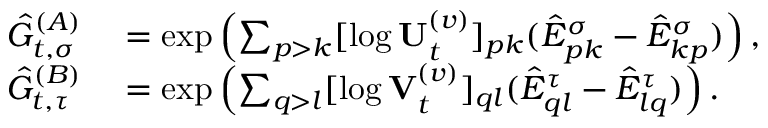
\begin{array} { r l } { \hat { G } _ { t , \sigma } ^ { ( A ) } } & { { } = \exp \left( \sum _ { p > k } [ \log \mathbf { U } _ { t } ^ { ( v ) } ] _ { p k } ( \hat { E } _ { p k } ^ { \sigma } - \hat { E } _ { k p } ^ { \sigma } ) \right) , } \\ { \hat { G } _ { t , \tau } ^ { ( B ) } } & { { } = \exp \left( \sum _ { q > l } [ \log \mathbf { V } _ { t } ^ { ( v ) } ] _ { q l } ( \hat { E } _ { q l } ^ { \tau } - \hat { E } _ { l q } ^ { \tau } ) \right) . } \end{array}